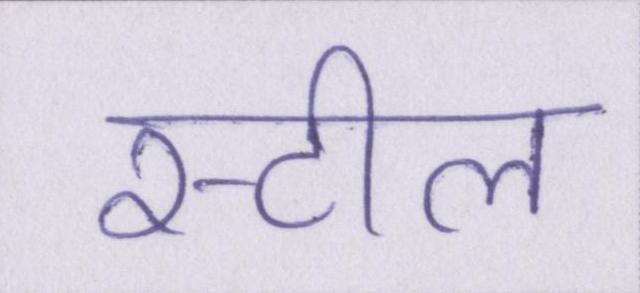
स्टील